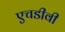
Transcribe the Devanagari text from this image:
एचडीवी